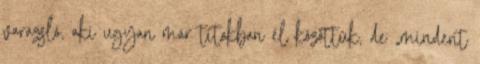
varázsló, aki ugyan már titokban él közöttük, de „mindent